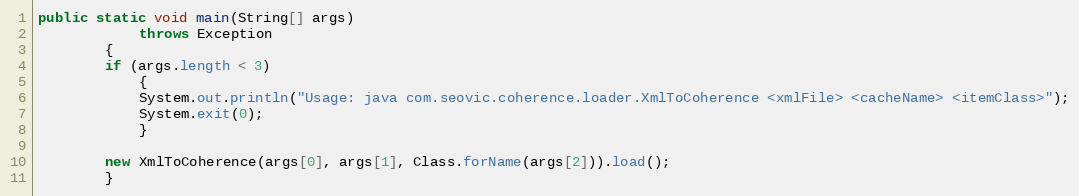
Language: Java
public static void main(String[] args)
            throws Exception
        {
        if (args.length < 3)
            {
            System.out.println("Usage: java com.seovic.coherence.loader.XmlToCoherence <xmlFile> <cacheName> <itemClass>");
            System.exit(0);
            }

        new XmlToCoherence(args[0], args[1], Class.forName(args[2])).load();
        }